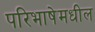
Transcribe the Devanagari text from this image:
परिभाषेमधील